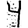
Digit: 4